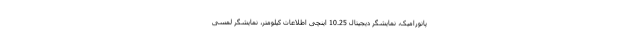
پانورامیک، نمایشگر دیجیتال 10.25 اینچی اطلاعات کیلومتر، نمایشگر لمسی